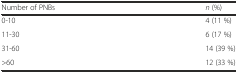
<table><thead><tr><td><b>Number of PNBs</b></td><td><b><i>n</i> (%)</b></td></tr></thead><tbody><tr><td>0-10</td><td>4 (11 %)</td></tr><tr><td>11-30</td><td>6 (17 %)</td></tr><tr><td>31-60</td><td>14 (39 %)</td></tr><tr><td>&gt;60</td><td>12 (33 %)</td></tr></tbody></table>